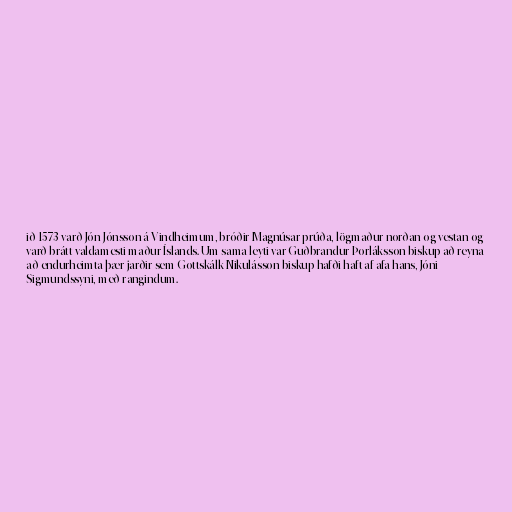
ið 1573 varð Jón Jónsson á Vindheimum, bróðir Magnúsar prúða, lögmaður norðan og vestan og
varð brátt valdamesti maður Íslands. Um sama leyti var Guðbrandur Þorláksson biskup að reyna
að endurheimta þær jarðir sem Gottskálk Nikulásson biskup hafði haft af afa hans, Jóni
Sigmundssyni, með rangindum.